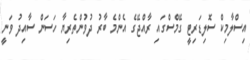
އިސްލާމިކް ސޮލިޑަރިޓީ ގޭމްސްގައި ރާއްޖޭގެ އެންމެ ބާރު ދުވުންތެރިޔާ ހަސަން ސާއިދު ވަނީ